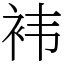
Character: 袆